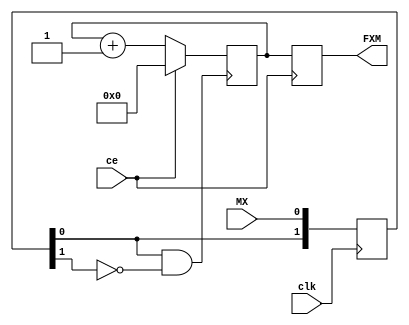
module Mes_FXM(input clk, output reg [15:0] FXM = 0,
               input ce, 
               input MX);

  reg [1:0] tMx = 0;
  assign frontMX = tMx[0] & (~tMx[1]);

  always @(posedge clk) begin
    tMx[0] <= MX;
    tMx[1] <= tMx[0];
  end

  reg [15:0] Q = 0;
  always @(posedge frontMX) begin
    Q <= ce ? 0 : Q + 1;
  end

  always @(posedge ce) begin
    FXM <= Q;
  end

endmodule